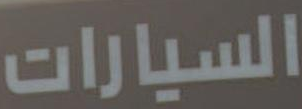
السيارات